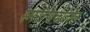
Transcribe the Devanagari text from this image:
स्मरणिकेतील